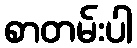
စာတမ်းပါ